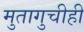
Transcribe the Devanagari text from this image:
मुतागुचीही